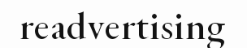
readvertising